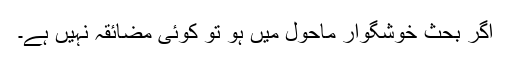
اگر بحث خوشگوار ماحول میں ہو تو کوئی مضائقہ نہیں ہے۔